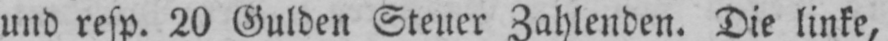
und resp. 20 Gulden Steuer Zahlenden. Die linke,